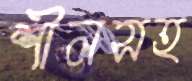
শীলসহ